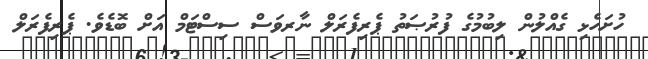
ހުށަހެޅި ގެއްލުން ލިބުމުގެ ފުރުޞަތު ޕެރިފެރަލް ނާރވަސް ސިސްޓަމް އަށް ބޮޑެވެ. ޕެރިފެރަލް